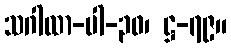
သဂါထာ-ပါ-၃၀၊ ဋ္ဌ-၇၉။